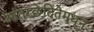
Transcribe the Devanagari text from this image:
आंतरछेदितेमधून